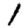
Digit: 1